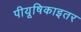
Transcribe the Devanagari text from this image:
पीयूषिकाइतर